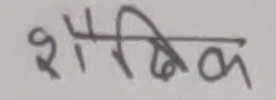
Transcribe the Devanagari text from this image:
शौभिक